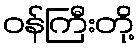
ဝန်ကြီးတို့